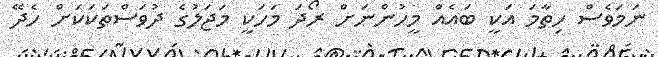
ނަމަވެސް ހިތާމަ އަކީ ބައެއް މީހުންނަށް ރޯދަ މަހަކީ މަޖަލުގެ ދުވަސްތަކަކަށް ހެދޭ